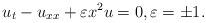
LaTeX: \begin{align*} u_t-u_{xx}+\varepsilon x^2 u=0, \varepsilon=\pm 1.\end{align*}